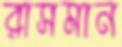
রাসমান